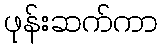
ဖုန်းဆက်ကာ